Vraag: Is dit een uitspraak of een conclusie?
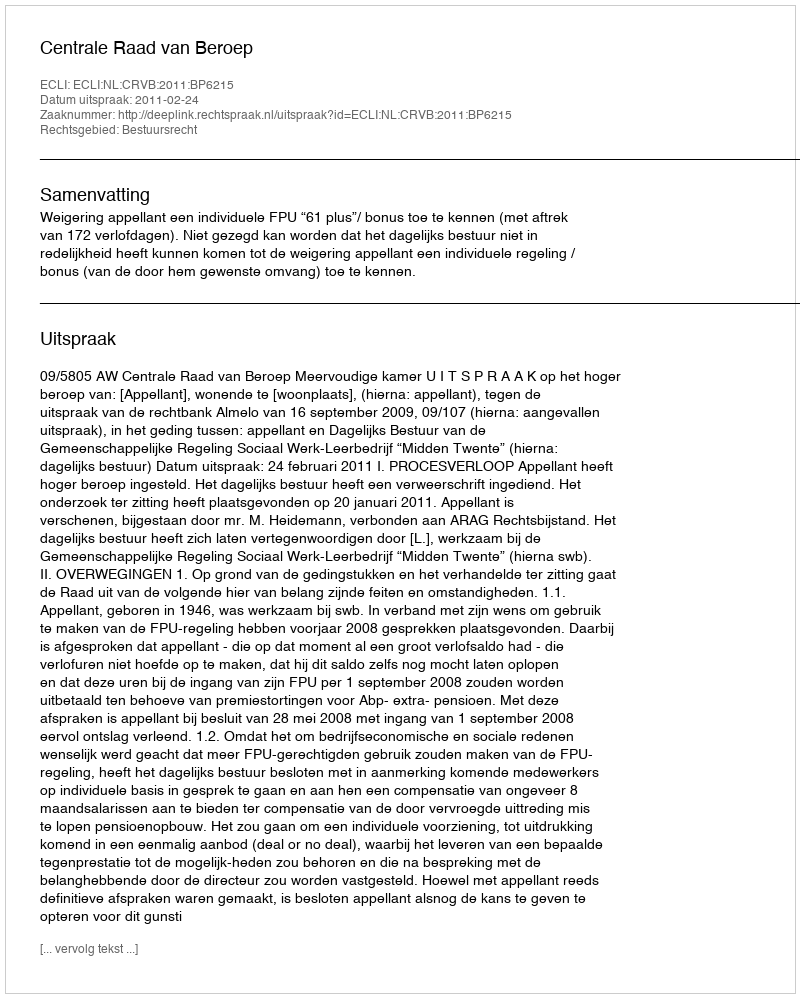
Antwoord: Uitspraak